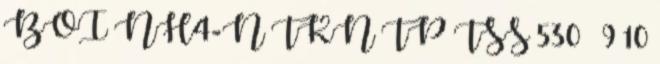
BOI NH4-N TKN TP TSS 530 – 9 10